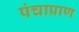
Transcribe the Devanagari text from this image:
पंचाप्राण